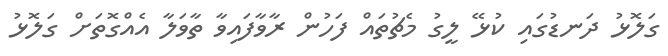
ގަލޮޅު ދަނޑުގައި ކުޅޭ ލީގު މެޗުތައް ފަހުން ރާވާފައިވާ ތާވަލާ އެއްގޮތަށް ގަލޮޅު